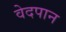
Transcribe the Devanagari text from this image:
वेदपान